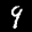
Label: 9